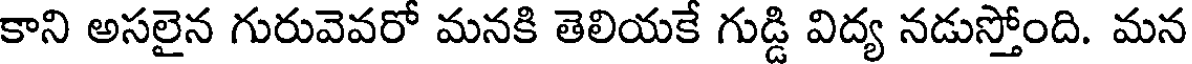
కాని అసలైన గురువెవరో మనకి తెలియకే గుడ్డి విద్య నడుస్తోంది. మన